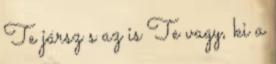
Te jársz s az is Te vagy, ki a